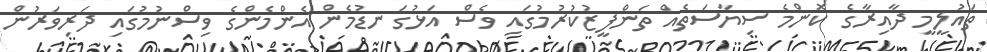
ތައުލީމީ ދާއިރާގެ ކޮންމެ ސިޔާސަތެއް ތަންފީޒުކުރުމުގައި ވެސް އަޅުގަނޑުމެން އެންމެންގެ ވިސްނުމުގައި ދަރިވަރުން